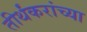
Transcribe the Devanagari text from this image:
तीर्थंकरांच्या